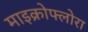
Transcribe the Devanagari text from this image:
माइक्रोफ्लोरा